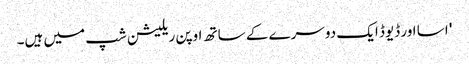
' اسا اور ڈیوڈ ایک دوسرے کے ساتھ اوپن ریلیشن شپ میں ہیں۔